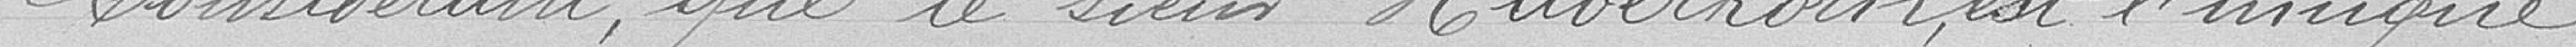
Considérant que le sieur Haberkorn, est l'unique